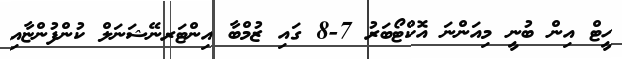
ހީޓް އިން ބުނީ މިއަންނަ އޮކްޓޯބަރު 7-8 ގައި ޒުމްބާ އިންޓަރނޭޝަނަލް ކުންފުންޏާއި